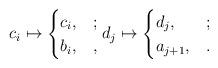
LaTeX: \begin{align*}c_i\mapsto\begin{cases}c_i, & ;\\b_i, & ,\end{cases}d_j\mapsto\begin{cases}d_j, & ;\\a_{j+1}, & .\end{cases}\end{align*}